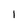
Character: l